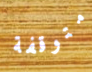
متوقفة